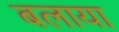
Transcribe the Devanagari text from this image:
बलाया